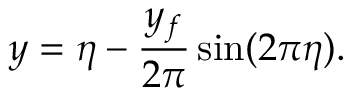
y = \eta - \frac { y _ { f } } { 2 \pi } \sin ( 2 \pi \eta ) .